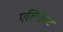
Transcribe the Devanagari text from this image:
एलिफ़ेन्ट